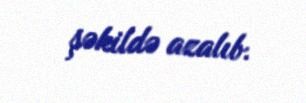
şəkildə azalıb.